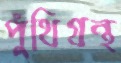
পুঁথিগ্রন্থ